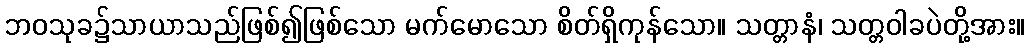
ဘဝသုခ၌သာယာသည်ဖြစ်၍ဖြစ်သော မက်မောသော စိတ်ရှိကုန်သော။ သတ္တာနံ၊ သတ္တဝါခပဲတို့အား။